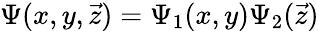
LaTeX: \Psi(x,y,\vec{z})=\Psi_{1}(x,y)\Psi_{2}(\vec{z})